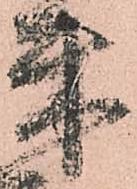
朱